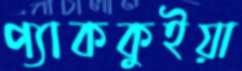
প্যাককুইয়া